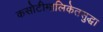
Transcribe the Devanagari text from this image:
कसोटीमालिकेतसुद्धा